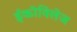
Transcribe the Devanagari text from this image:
ईकोविलेज